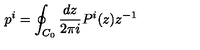
p ^ { i } = \oint _ { C _ { 0 } } \frac { d z } { 2 \pi i } P ^ { i } ( z ) z ^ { - 1 }